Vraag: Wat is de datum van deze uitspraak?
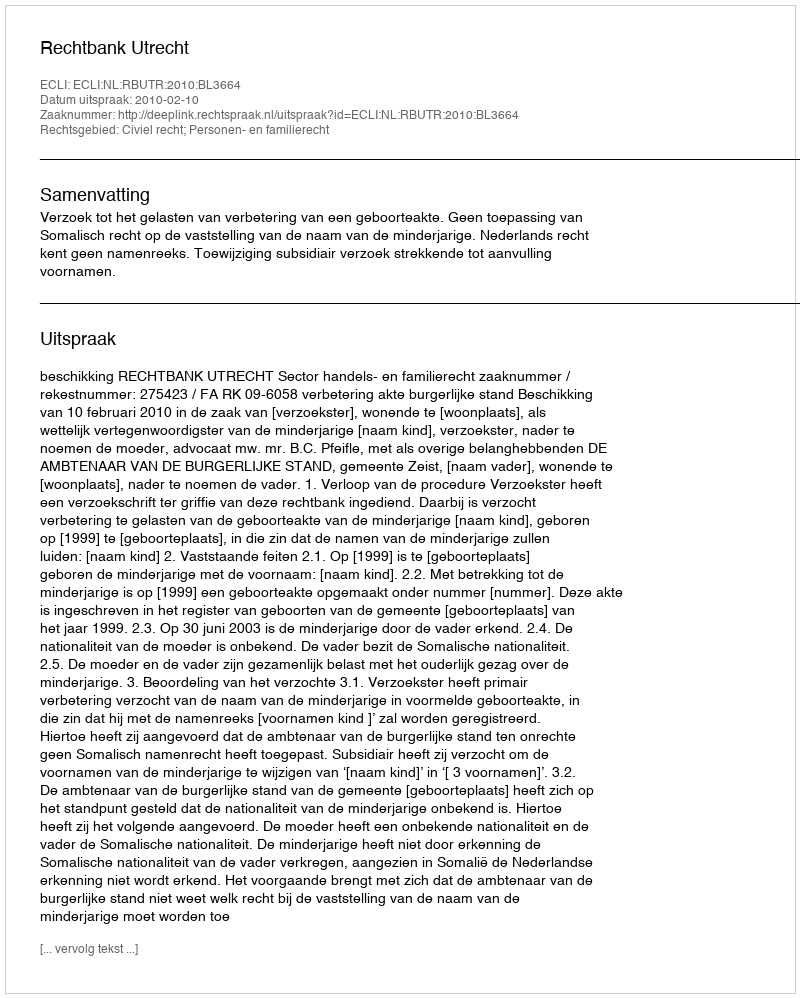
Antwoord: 2010-02-10